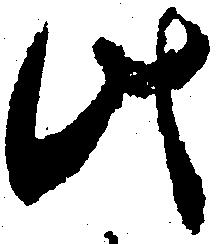
此